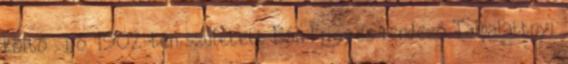
költő , író 1902-ben született Bán Frigyes rendező Talpalattnyi